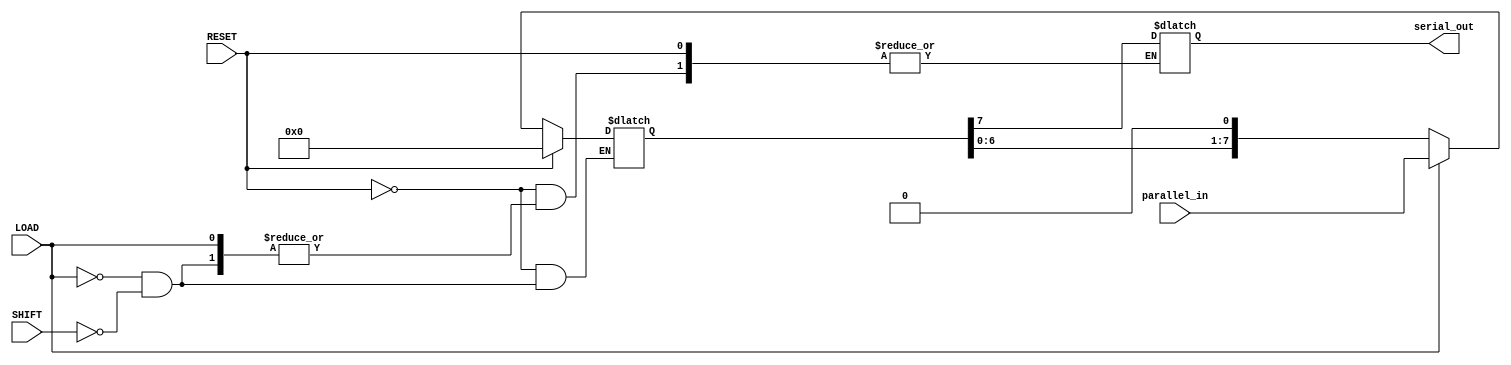
module PISO_Register #(
    parameter N = 8 // Parameter defining the width of the register
) (
    input wire [N-1:0] parallel_in, // Parallel data input
    input wire LOAD,                 // Load signal
    input wire SHIFT,                // Shift signal
    input wire RESET,                // Asynchronous reset signal
    output reg serial_out            // Serial output
);

    // Internal register to hold the data
    reg [N-1:0] shift_reg;

    always @(*)
    begin
        // Asynchronous reset
        if (RESET) begin
            shift_reg <= {N{1'b0}}; // Clear the register
        end
        else if (LOAD) begin
            shift_reg <= parallel_in; // Load parallel data
        end
        else if (SHIFT) begin
            // Shift operation
            serial_out <= shift_reg[N-1]; // Output MSB
            shift_reg <= {shift_reg[N-2:0], 1'b0}; // Shift left and fill LSB with 0
        end
        else begin
            serial_out <= serial_out; // Maintain the previous output during idle
        end
    end

endmodule